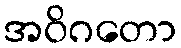
အဝိဂတော